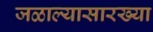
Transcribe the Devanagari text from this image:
जळाल्यासारख्या